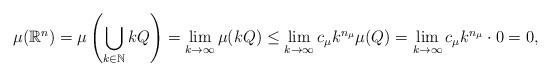
LaTeX: \begin{align*}\mu(\mathbb{R}^n)=\mu\left(\bigcup_{k\in\mathbb{N}}kQ\right) =\lim_{k\to\infty}\mu(kQ)\leq\lim_{k\to\infty} c_\mu k^{n_\mu}\mu(Q)=\lim_{k\to\infty}c_\mu k^{n_\mu}\cdot 0=0,\end{align*}